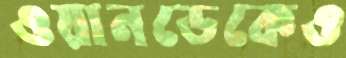
ওয়ানডেকেও